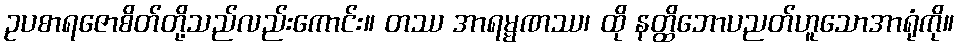
ဥပစာရဇောစိတ်တို့သည်လည်းကောင်း။ တဿ အာရမ္မဏဿ၊ ထို နတ္ထိဘောပညတ်ဟူသောအာရုံကို။